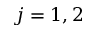
j = 1 , 2